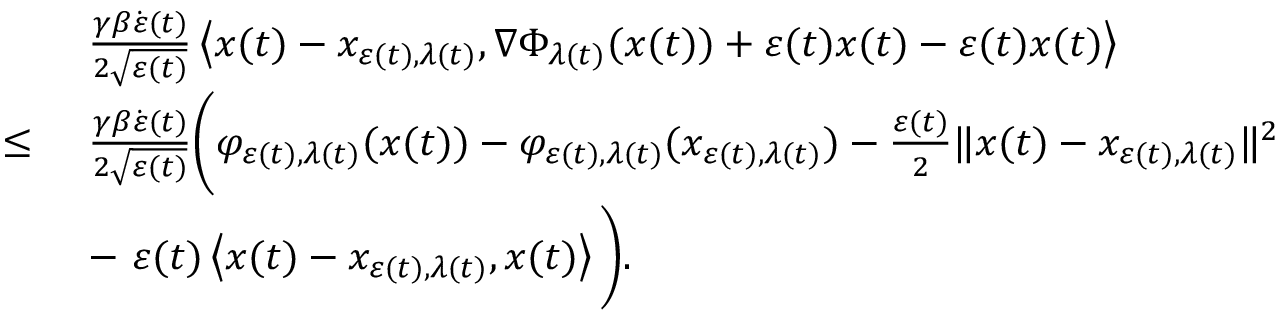
\begin{array} { r l } & { \frac { \gamma \beta \dot { \varepsilon } ( t ) } { 2 \sqrt { \varepsilon ( t ) } } \left\langle x ( t ) - x _ { \varepsilon ( t ) , \lambda ( t ) } , \nabla \Phi _ { \lambda ( t ) } ( x ( t ) ) + \varepsilon ( t ) x ( t ) - \varepsilon ( t ) x ( t ) \right\rangle } \\ { \leq \ } & { \frac { \gamma \beta \dot { \varepsilon } ( t ) } { 2 \sqrt { \varepsilon ( t ) } } \Bigg ( \varphi _ { \varepsilon ( t ) , \lambda ( t ) } ( x ( t ) ) - \varphi _ { \varepsilon ( t ) , \lambda ( t ) } ( x _ { \varepsilon ( t ) , \lambda ( t ) } ) - \frac { \varepsilon ( t ) } { 2 } \| x ( t ) - x _ { \varepsilon ( t ) , \lambda ( t ) } \| ^ { 2 } } \\ & { - \ \varepsilon ( t ) \left\langle x ( t ) - x _ { \varepsilon ( t ) , \lambda ( t ) } , x ( t ) \right\rangle \Bigg ) . } \end{array}